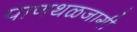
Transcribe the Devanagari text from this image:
पाणथळजागी